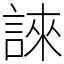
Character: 誺